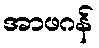
အာဖဂန်